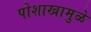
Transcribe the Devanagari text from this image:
पोशाखामुळे